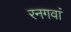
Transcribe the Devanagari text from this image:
रनगवां